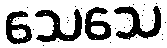
သေသေ